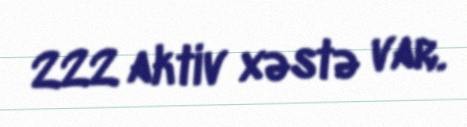
222 aktiv xəstə var.